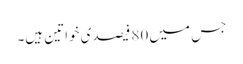
جس میں 80 فیصدی خواتین ہیں۔